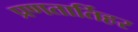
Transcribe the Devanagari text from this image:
प्रणतार्तिहर